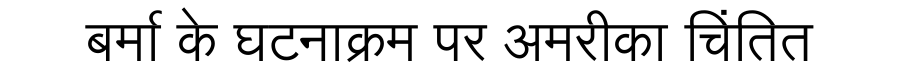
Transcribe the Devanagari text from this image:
बर्मा के घटनाक्रम पर अमरीका चिंतित